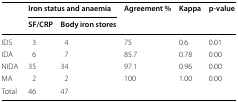
<table><thead><tr><td rowspan="2"></td><td colspan="2"><b>Iron status and anaemia</b></td><td><b>Agreement %</b></td><td><b>Kappa</b></td><td><b>p-value</b></td></tr><tr><td><b>SF/CRP</b></td><td><b>Body iron stores</b></td><td colspan="3"></td></tr></thead><tbody><tr><td>IDS</td><td>3</td><td>4</td><td>75</td><td>0.6</td><td>0.01</td></tr><tr><td>IDA</td><td>6</td><td>7</td><td>85.7</td><td>0.78</td><td>0.00</td></tr><tr><td>NIDA</td><td>35</td><td>34</td><td>97.1</td><td>0.96</td><td>0.00</td></tr><tr><td>MA</td><td>2</td><td>2</td><td>100</td><td>1.00</td><td>0.00</td></tr><tr><td>Total</td><td>46</td><td>47</td><td></td><td></td><td></td></tr></tbody></table>